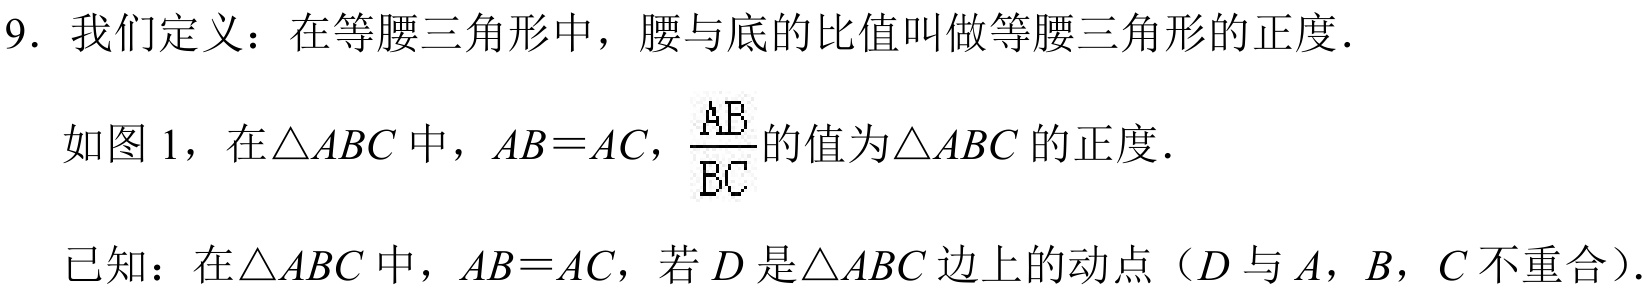
9. 我们定义：在等腰三角形中，腰与底的比值叫做等腰三角形的正度．
如图 1，在$\triangle ABC$中，$AB = AC$，$\frac{AB}{BC}$的值为$\triangle ABC$的正度．
已知：在$\triangle ABC$中，$AB = AC$，若$D$是$\triangle ABC$边上的动点（$D$与$A$，$B$，$C$不重合）.